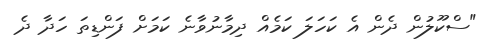
"ސްކޫލުން ދެން އެ ކަހަލަ ކަމެއް ދިމާނުވާނެ ކަމަށް ފަންޑިތަ ހަދާ ދެ